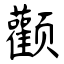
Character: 颧